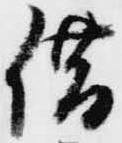
借